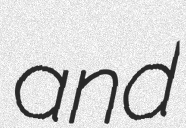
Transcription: and